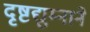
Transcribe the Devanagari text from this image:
दृष्टद्युम्नाने